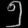
Digit: ၅